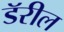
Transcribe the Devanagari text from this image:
डॅरील